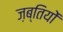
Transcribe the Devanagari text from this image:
ज़ब्तियों